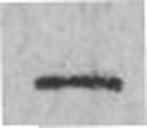
—